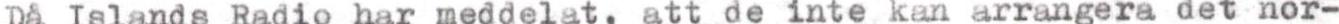
Då Islands Radio har meddelat, att de inte kan arrangera det nor-